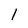
Character: l